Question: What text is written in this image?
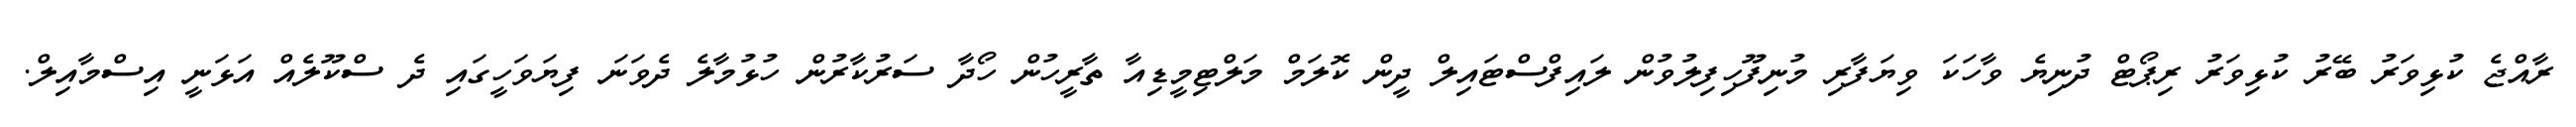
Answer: ރާއްޖެ ކުޅިވަރު ބޭރު ކުޅިވަރު ރިޕޯޓް ދުނިޔެ ވާހަކަ ވިޔަފާރި މުނިފޫހިފިލުވުން ލައިފްސްޓައިލް ދީން ކޮލަމް މަލްޓިމީޑިއާ ތާރީހުން ހޯދާ ސަރުކާރުން ހުޅުމާލެ ދެވަނަ ފިޔަވަހީގައި ދެ ސްކޫލެއް އަޅަނީ އިސްމާއިލް.